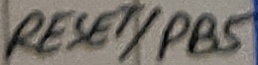
Text: RESET/PB5